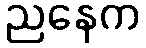
ညနေက